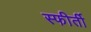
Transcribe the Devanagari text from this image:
स्फीर्ती